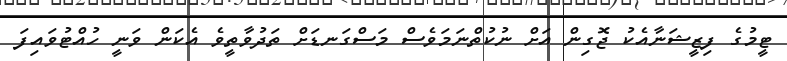
ޓީމުގެ ފިޒީޝަނާއެކު ޖޮގިން އަށް ނުކުތްނަމަވެސް މަސްގަނޑަށް ތަދުވާތީވެ އެކަން ވަނީ ހުއްޓުވައިފަ